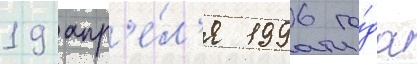
19 апр'е́л'я 1996 го́да